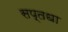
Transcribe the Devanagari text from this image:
सप्तधा